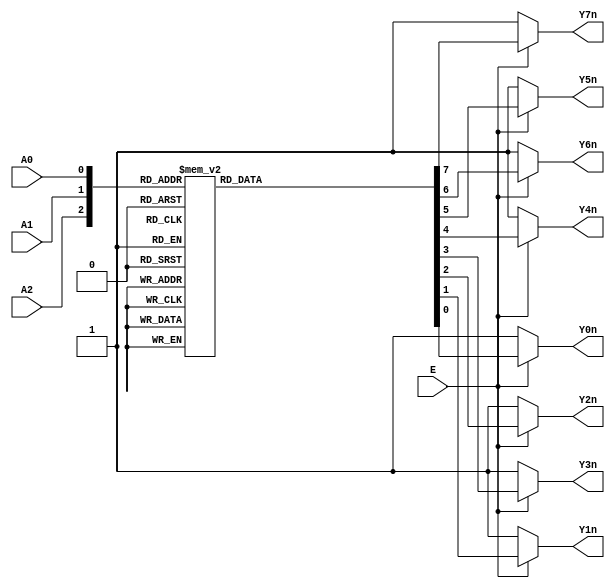
`timescale 1ns/1ns

module decoder_38(
   input             E      ,
   input             A0     ,
   input             A1     ,
   input             A2     ,
   
   output reg       Y0n    ,  
   output reg       Y1n    , 
   output reg       Y2n    , 
   output reg       Y3n    , 
   output reg       Y4n    , 
   output reg       Y5n    , 
   output reg       Y6n    , 
   output reg       Y7n    
);

always @(*)begin
   if(!E)begin
      Y0n = 1'b1;
      Y1n = 1'b1;
      Y2n = 1'b1;
      Y3n = 1'b1;
      Y4n = 1'b1;
      Y5n = 1'b1;
      Y6n = 1'b1;
      Y7n = 1'b1;
   end  
   else begin
      case({A2,A1,A0})
         3'b000 : begin
                     Y0n = 1'b0; Y1n = 1'b1; Y2n = 1'b1; Y3n = 1'b1; 
                     Y4n = 1'b1; Y5n = 1'b1; Y6n = 1'b1; Y7n = 1'b1;
                  end 
         3'b001 : begin
                     Y0n = 1'b1; Y1n = 1'b0; Y2n = 1'b1; Y3n = 1'b1; 
                     Y4n = 1'b1; Y5n = 1'b1; Y6n = 1'b1; Y7n = 1'b1;
                  end 
         3'b010 : begin
                     Y0n = 1'b1; Y1n = 1'b1; Y2n = 1'b0; Y3n = 1'b1; 
                     Y4n = 1'b1; Y5n = 1'b1; Y6n = 1'b1; Y7n = 1'b1;
                  end 
         3'b011 : begin
                     Y0n = 1'b1; Y1n = 1'b1; Y2n = 1'b1; Y3n = 1'b0; 
                     Y4n = 1'b1; Y5n = 1'b1; Y6n = 1'b1; Y7n = 1'b1;
                  end 
         3'b100 : begin
                     Y0n = 1'b1; Y1n = 1'b1; Y2n = 1'b1; Y3n = 1'b1; 
                     Y4n = 1'b0; Y5n = 1'b1; Y6n = 1'b1; Y7n = 1'b1;
                  end 
         3'b101 : begin
                     Y0n = 1'b1; Y1n = 1'b1; Y2n = 1'b1; Y3n = 1'b1; 
                     Y4n = 1'b1; Y5n = 1'b0; Y6n = 1'b1; Y7n = 1'b1;
                  end 
         3'b110 : begin
                     Y0n = 1'b1; Y1n = 1'b1; Y2n = 1'b1; Y3n = 1'b1; 
                     Y4n = 1'b1; Y5n = 1'b1; Y6n = 1'b0; Y7n = 1'b1;
                  end 
         3'b111 : begin
                     Y0n = 1'b1; Y1n = 1'b1; Y2n = 1'b1; Y3n = 1'b1; 
                     Y4n = 1'b1; Y5n = 1'b1; Y6n = 1'b1; Y7n = 1'b0;
                  end 
         default: begin
                     Y0n = 1'b1; Y1n = 1'b1; Y2n = 1'b1; Y3n = 1'b1; 
                     Y4n = 1'b1; Y5n = 1'b1; Y6n = 1'b1; Y7n = 1'b1;
                  end
      endcase  
   end 
end    
     
endmodule

module decoder1(
   input             A     ,
   input             B     ,
   input             Ci    ,
   
   output wire       D     ,
   output wire       Co         
);
    wire [7:0] Yn;
    decoder_38 U0(
        .E(1'b1),
        .A2(A),
        .A1(B),
        .A0(Ci),
        .Y0n(Yn[0]),
        .Y1n(Yn[1]),
        .Y2n(Yn[2]),
        .Y3n(Yn[3]),
        .Y4n(Yn[4]),
        .Y5n(Yn[5]),
        .Y6n(Yn[6]),
        .Y7n(Yn[7])
    );
    assign D = Yn[0]&Yn[3]&Yn[5]&Yn[6];
    assign Co = Yn[0]&Yn[4]&Yn[5]&Yn[6];
endmodule